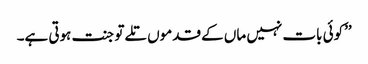
’’کوئی بات نہیں ماں کے قدموں تلے تو جنت ہوتی ہے۔